Report on vaccination in the Province of Bengal - 1869-1873
Year: 1869
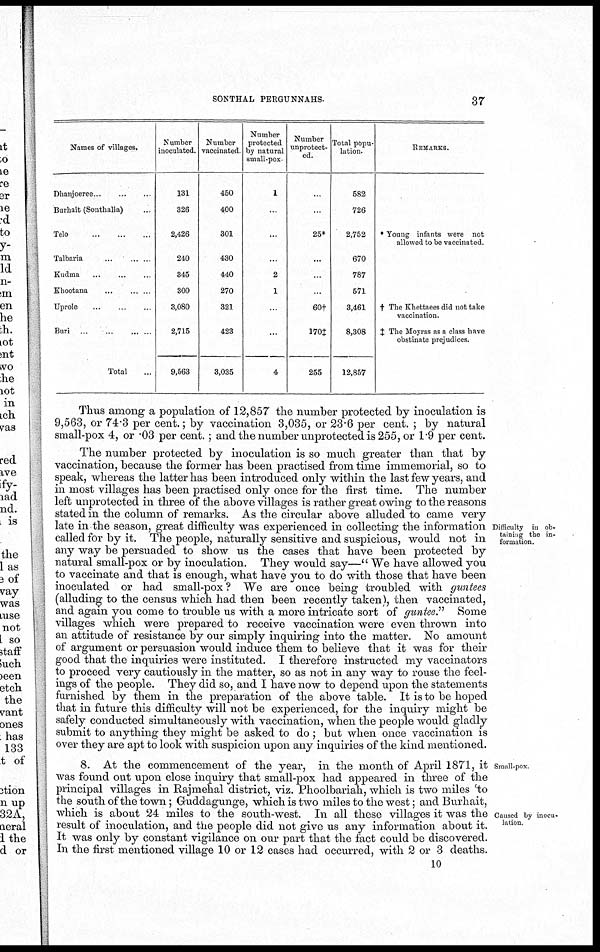
SONTHAL PERGUNNAHS.
37
Names of villages.
Dhanjoeree...
...
...
Burhait (Sonthalia)... ...
Telo...
...
...
...
Talbaria...
...
...
Kudma...
...
...
Khootana...
...
...
Uprole...
...
...
Buri ...
...
... ...
Total...
Number
inoculated.
131
326
2,426
240
345
300
3,080
2,715
9,563
Number
vaccinated.
450
400
301
430
440
270
321
423
3,035
Number
protected
by natural
small-pox
1
...
...
...
2
1
...
...
4
Number
unprotect-
ed.
...
...
25*
...
...
...
60†
170‡
255
Total popu-
lation.
582
726
2,752
670
787
571
3,461
8,308
12,857
REMARKS.
*Young infants were not
allowed to be vaccinated.
† The Khettaees did not take
vaccination.
‡ The Moyras as a class have
obstinate prejudices.
Thus among a population of 12,857 the number protected by inoculation is
9,563, or 74.3 per cent.; by vaccination 3,035, or 23.6 per cent. ; by natural
small-pox 4, or .03 per cent.; and the number unprotected is 255, or 1.9 per cent.
Difficulty in ob-
taining the in-
formation.
The number protected by inoculation is so much greater than that by
vaccination, because the former has been practised from time immemorial, so to
speak, whereas the latter has been introduced only within the last few years, and
in most villages has been practised only once for the first time. The number
left unprotected in three of the above villages is rather great owing to the reasons
stated in the column of remarks. As the circular above alluded to came very
late in the season, great difficulty was experienced in collecting the information
called for by it. The people, naturally sensitive and suspicious, would not in
any way be persuaded to show us the cases that have been protected by
natural small-pox or by inoculation. They would say—" We have allowed you
to vaccinate and that is enough, what have you to do with those that have been
inoculated or had small-pox? We are once being troubled with guntees
(alluding to the census which had then been recently taken), then vaccinated,
and again you come to trouble us with a more intricate sort of guntee.'' Some
villages which were prepared to receive vaccination were even thrown into
an attitude of resistance by our simply inquiring into the matter. No amount
of argument or persuasion would induce them to believe that it was for their
good that the inquiries were instituted. I therefore instructed my vaccinators
to proceed very cautiously in the matter, so as not in any way to rouse the feel-
ings of the people. They did so, and I have now to depend upon the statements
furnished by them in the preparation of the above table. It is to be hoped
that in future this difficulty will not be experienced, for the inquiry might be
safely conducted simultaneously with vaccination, when the people would gladly
submit to anything they might be asked to do ; but when once vaccination is
over they are apt to look with suspicion upon any inquiries of the kind mentioned.
Small-pox
Caused by inocu-
lation
8. At the commencement of the year, in the month of April 1871, it
was found out upon close inquiry that small-pox had appeared in three of the
principal villages in Rajmehal district, viz. Phoolbariah, which is two miles to
the south of the town; Guddagunge, which is two miles to the west; and Burhait,
which is about 24 miles to the south-west. In all these villages it was the
result of inoculation, and the people did not give us any information about it.
It was only by constant vigilance on our part that the fact could be discovered.
In the first mentioned village 10 or 12 cases had occurred, with 2 or 3 deaths.
10